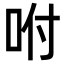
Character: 咐